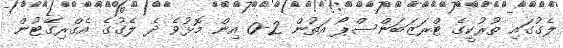
ލެގުގައި ތުރުކީގެ ޓްރަޒަބަންސްޕޯ އަތުން 2-0 އިން މޮޅުވެ ދެ ލެގުގެ އެގްރިގޭޓުން